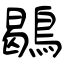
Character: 鶡